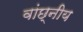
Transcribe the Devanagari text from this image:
वांछ्नीय